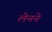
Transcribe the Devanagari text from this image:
लेनने